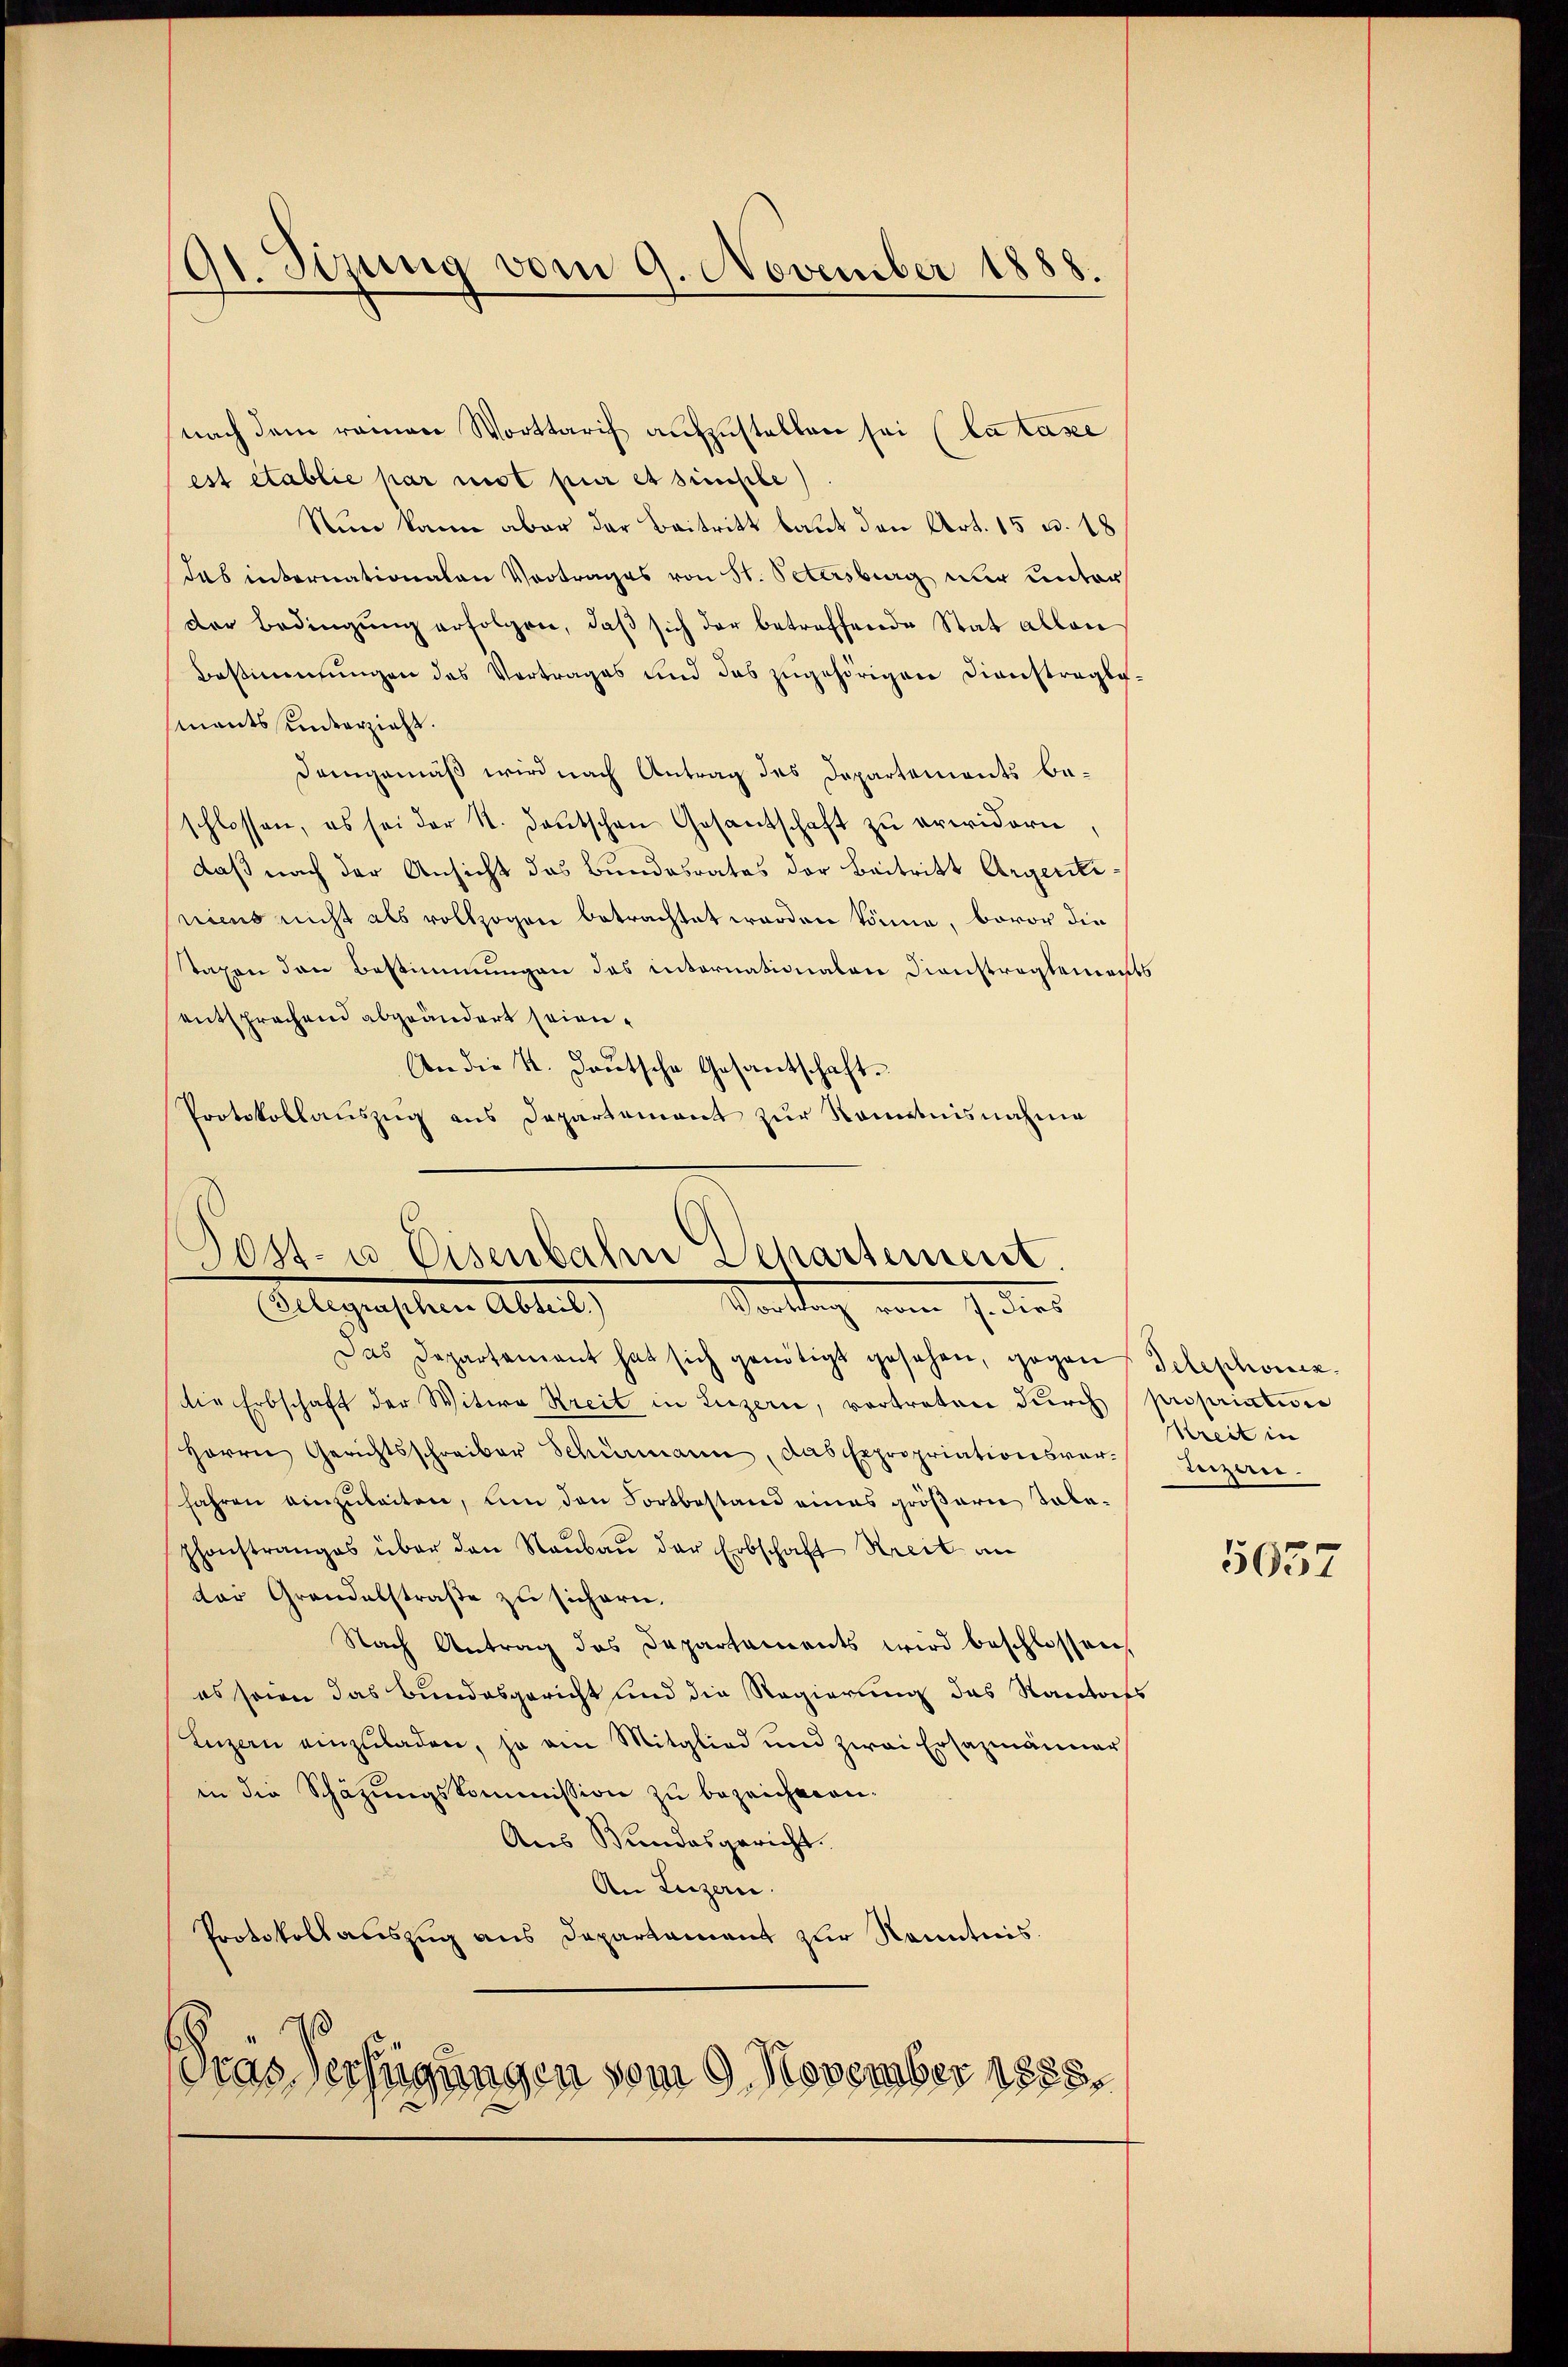
91. Sizung vom 9. November 1888.

nach dem remen Worttarif aufzustellen sei (la taxe
est établie par mot pur et simple)
Nun kann aber der Beitritt baut den Art. 15 u. 18
das internationalen Vortrages von St. Petersburg nur unter
der Bedingŭng erfolgen, daβ sich der betreffende Stat allen
Bestimmungen des Vertrages und des zugehörigen Dienstragli-
sments unverzieht.
Demgemäß wird nach Antrag des Departements beschlossen, es sei der N. Deutschen Gesantschaft zu erwidern.
daß nach der Ansicht das Bundesrates der Beitritt Argentiniens nicht als vollzogen betrachtet worden könne, bevor die
Staxen den Bestimmungen des internationalen Dienstreglements
entsprechend abgeändert seien.
An die 4. Deutsche Gesantschaft.
Protokollauszug aus Departement zur Kenntnisnahme

Das Departement hat sich genötigt gesehen, gegen Telephoncz
die Erbschaft der Witwe Streit in Luzern, vortreten dŭrch propriation
Herrn Gerichtsschreiber Schürmann, das Expropriationsver-Lezan-
fahren einzuleiten, um den Fortbestand eines größern Taleshonstranges über den Raŭbaŭ der Erbschaft Streit an
der Grandalstraße zu sichern.
Nach Antrag des Departaments wird beschlossen,
es seien das Bundesgericht und die Regierung das Kantons
Luzern einzŭladen, ja ein Mitglied und zwai Ersazmänner
in die Schazungskommission zu bezeichnen.
Aus Bundesgericht.
An Luzern.
Protokollauszug aus Departament zur Kenntnis

Post- u Eisenbahn Departement.
Kontrag vom 7. dies
(Gelegraschen Abteil)

ras Verfügungen vom 9. November 1858.

Kreit in

5037